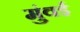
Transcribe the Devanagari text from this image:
मुंवई